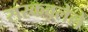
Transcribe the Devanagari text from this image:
सरकवलेले